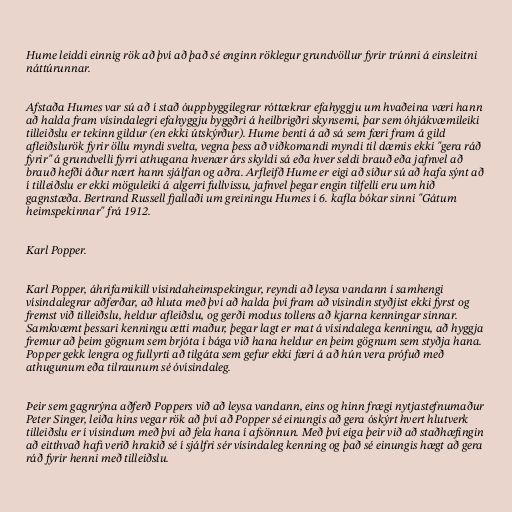
Hume leiddi einnig rök að því að það sé enginn röklegur grundvöllur fyrir trúnni á einsleitni
náttúrunnar.

Afstaða Humes var sú að í stað óuppbyggilegrar róttækrar efahyggju um hvaðeina væri hann
að halda fram vísindalegri efahyggju byggðri á heilbrigðri skynsemi, þar sem óhjákvæmileiki
tilleiðslu er tekinn gildur (en ekki útskýrður). Hume benti á að sá sem færi fram á gild
afleiðslurök fyrir öllu myndi svelta, vegna þess að viðkomandi myndi til dæmis ekki "gera ráð
fyrir" á grundvelli fyrri athugana hvenær árs skyldi sá eða hver seldi brauð eða jafnvel að
brauð hefði áður nært hann sjálfan og aðra. Arfleifð Hume er eigi að síður sú að hafa sýnt að
í tilleiðslu er ekki möguleiki á algerri fullvissu, jafnvel þegar engin tilfelli eru um hið
gagnstæða. Bertrand Russell fjallaði um greiningu Humes í 6. kafla bókar sinni "Gátum
heimspekinnar" frá 1912.

Karl Popper.

Karl Popper, áhrifamikill vísindaheimspekingur, reyndi að leysa vandann í samhengi
vísindalegrar aðferðar, að hluta með því að halda því fram að vísindin styðjist ekki fyrst og
fremst við tilleiðslu, heldur afleiðslu, og gerði modus tollens að kjarna kenningar sinnar.
Samkvæmt þessari kenningu ætti maður, þegar lagt er mat á vísindalega kenningu, að hyggja
fremur að þeim gögnum sem brjóta í bága við hana heldur en þeim gögnum sem styðja hana.
Popper gekk lengra og fullyrti að tilgáta sem gefur ekki færi á að hún vera prófuð með
athugunum eða tilraunum sé óvísindaleg.

Þeir sem gagnrýna aðferð Poppers við að leysa vandann, eins og hinn frægi nytjastefnumaður
Peter Singer, leiða hins vegar rök að því að Popper sé einungis að gera óskýrt hvert hlutverk
tilleiðslu er í vísindum með því að fela hana í afsönnun. Með því eiga þeir við að staðhæfingin
að eitthvað hafi verið hrakið sé í sjálfri sér vísindaleg kenning og það sé einungis hægt að gera
ráð fyrir henni með tilleiðslu.